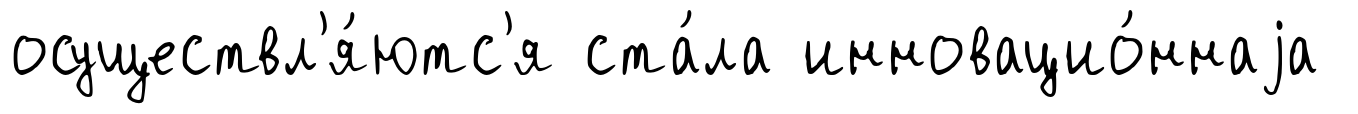
осуществл'я́ютс'я ста́ла инновацио́ннаjа